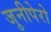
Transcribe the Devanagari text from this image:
जुनीपेरो